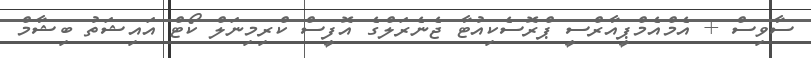
ސާވިސް + އެމްއެމްޕީއާރްސީ ޕްރޮސެކިއުޓާ ޖެނެރަލްގެ އޮފީސް ކްރިމިނަލް ކޯޓް އައިޝަތު ބިޝާމް